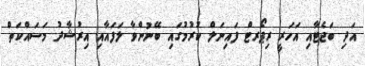
އަދި ބަޖެޓާއި އަހަރީ ރިޕޯރޓް ފައިނަލް ކުރުމުގައި ބޭނުންވާ ލަފައާއި އިރުޝާދު މަސައްކަތް